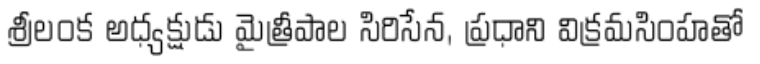
శ్రీలంక అధ్యక్షుడు మైత్రీపాల సిరిసేన, ప్రధాని విక్రమసింహతో